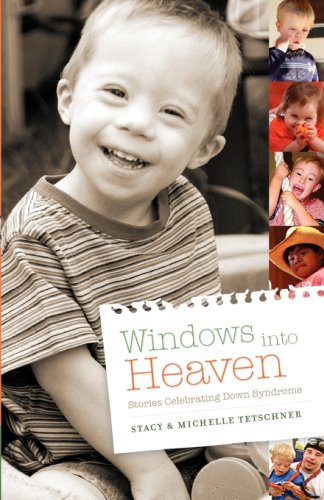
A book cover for Windows Into Heaven - Stories Celebrating Down Syndrome; Stacy Tetschner; Health, Fitness & Dieting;